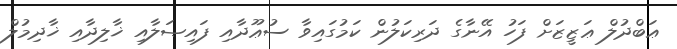
ޢަބްދުލް ޢަޒީޒަށް ފަހު އޭނާގެ ދަރިކަލުން ކަމުގައިވާ ސުޢޫދާއި ފައިޞަލާއި ޚާލިދާއި ޚާދިމުލް